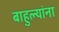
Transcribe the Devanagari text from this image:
बाहुल्यांना